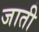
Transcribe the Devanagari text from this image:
जाती